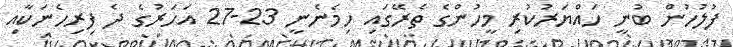
ފުލުހުން ބުނީ ހައްޔަރުކުރި މީހުންގެ ތެރޭގައި ހިމެނެނީ 23-27 އަހަރުގެ ދެ ފިރިހެނަކާއި